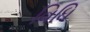
વિધિ